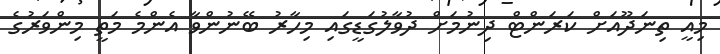
މިއީ ތިނަދޫއަށް ކަރަންޓް ދިނުމަށް ދުވާލުގަޑީގައި މިހާރު ބޭނުންވާ އެންމެ މަތީ މިންވަރުގެ